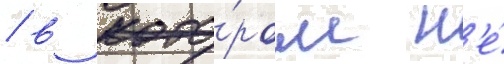
/ в кото́ром н'е́